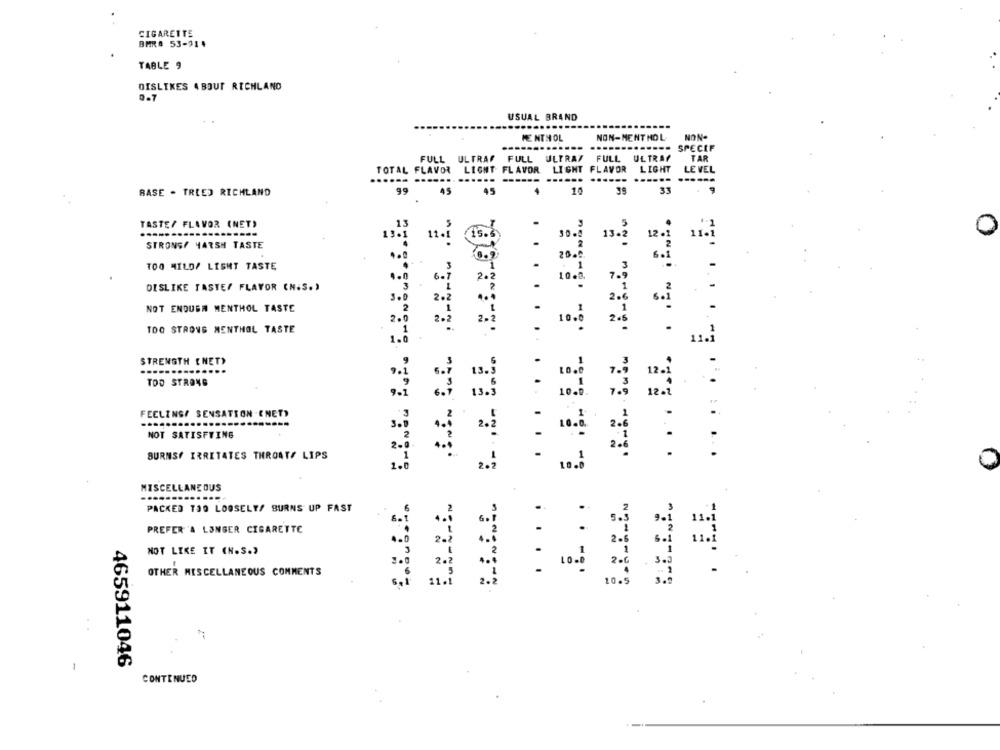
CIGARETTE
BMR# 53-914
TABLE 9
DISLIKES 4 BOUT RICHLAND
USUAL BRAND
---
NON-MENTHOL
NON-
MENTHOL
....--- SPECIF
FULL ULTRAF FULL ULTRAZ FULL ULTRAY
TAR
TOTAL FLAVOR LIGHT FLAVOR LIGHT FLAVOR
LIGHT
....==
.....
.--
BASE - TREED RICHLAND
99
45
45
15
39
33
TASTE/ FLAVOR (NET)
0
11.
15.
13.
STRONS/ HARSH TASTE
TOO MILD/ LIGHT TASTE
6- 7
20 3
DISLIKE TASTES FLAVOR EN.S .,
3.0
NOT ENOUGH MENTHOL TASTE
2.2
2.0
10.6
TOO STRONG MENTHOL TASTE
2-2
1.0
STRENGTH [NET)
TOO STRONG
12 -
FEELING/ SENSATION .ENET)
NOT SATISFYING
BURNSY IRRITATES THROATS LIPS
............
MISCELLANEOUS
......
PACKED TOO LOOSELY/ BURNS UP FAST
5.
PREFER'A LONGER CIGARETTE
2.
s.i
NOT LIKE IT (N.S.)
OTHER MISCELLANEOUS COMMENTS
10-
2 .
....
10.5
3.
-
465911046
CONTINUED